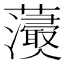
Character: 𧄢